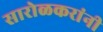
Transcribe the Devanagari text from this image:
सारोळकरांनी